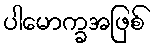
ပါမောက္ခအဖြစ်